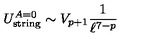
U _ { \mathrm { s t r i n g } } ^ { A = 0 } \sim V _ { p + 1 } \frac { 1 } { \ell ^ { 7 - p } }